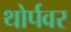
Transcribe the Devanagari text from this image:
थोर्पवर